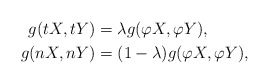
\begin{align*} g(tX,tY)&=\lambda g(\varphi X,\varphi Y), \\ g(nX,nY)&=(1-\lambda) g(\varphi X,\varphi Y), \end{align*}